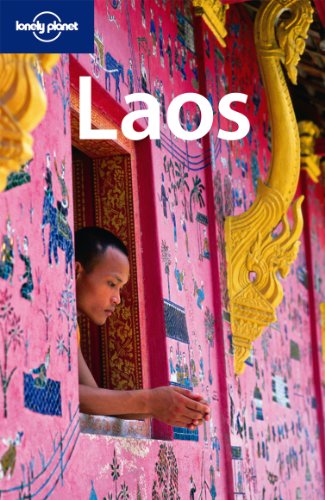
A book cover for Lonely Planet Laos (Country Travel Guide); Austin Bush; Travel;